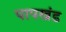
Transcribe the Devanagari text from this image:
पापखंड